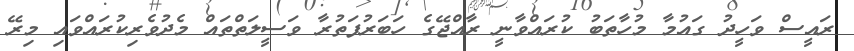
ރައީސް ވަހީދު ގައުމާ މުހާތަބު ކުރައްވާނީ ރާއްޖޭގެ ހަބަރުފަތުރާ ވަސީލަތްތައް މެދުވެރިކުރައްވައި މިރޭ